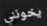
يخونني